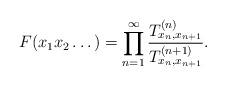
LaTeX: \begin{align*}F(x_1x_2\dots)=\prod_{n=1}^\infty\frac{T_{x_n,x_{n+1}}^{(n)}}{T_{x_n,x_{n+1}}^{(n+1)}}.\end{align*}